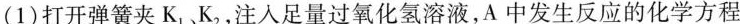
(1)打开弹簧夹K_{1}，K_{2}，注入足量过氧化氢溶液，A中发生反应的化学方程